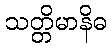
သတ္တိမာနိဓ